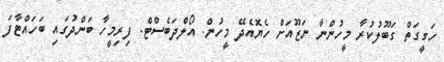
ހަގީގަތް ގަބޫލުކުރާ މީހުންނާ ނަޒޫއަށް ހެޔޮއެދޭ މީހުން. އޯލްދަބެސްޓް. ފިރިމީހާ ބަންދުގައި ބަހައްޓާފަ